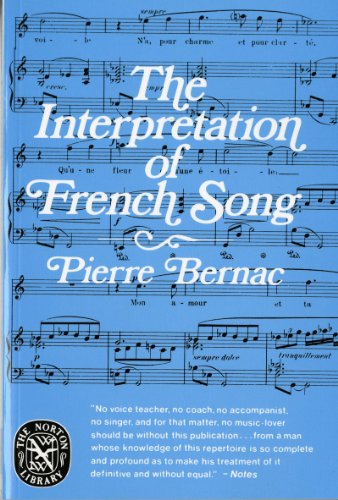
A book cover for The Interpretation of French Song (Norton Library); Pierre Bernac; Arts & Photography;